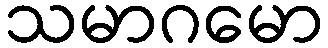
သမာဂမော